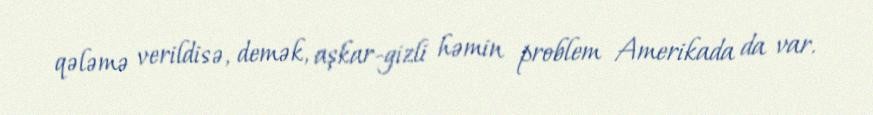
qələmə verildisə, demək, aşkar-gizli həmin problem Amerikada da var.